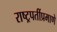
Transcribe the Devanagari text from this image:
राष्ट्रपतींप्रमाणे